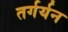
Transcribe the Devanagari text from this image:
तर्गर्यन